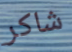
شاكر